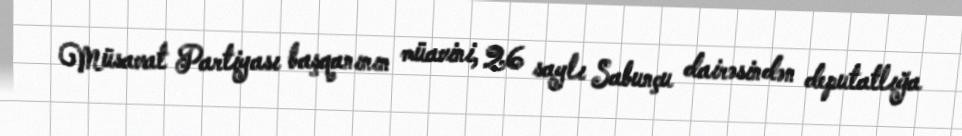
Müsavat Partiyası başqanının müavini, 26 saylı Sabunçu dairəsindən deputatlığa